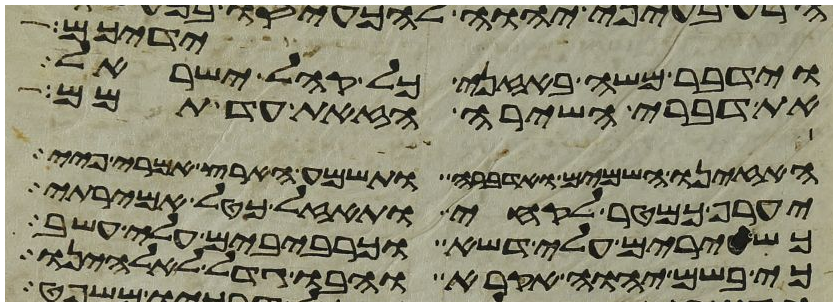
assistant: ידיכם
וידבר משה באזני כל קהל ישראל
את דברי השירה הזאת עד תמם
האזינו השמים ואדברה ותשמע הארץ אמרי פיי
יערף כמטר לקחי ותאזל כטל אמירתי
כשעירים עלי דשא וכרביבים עלי עשב
כי בשם יהוה אקרא והבו גדל לאלהינו